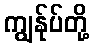
ကျွန်ုပ်တို့